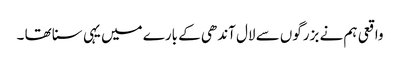
واقعی ہم نے بزرگوں سے لال آندھی کے بارے میں یہی سنا تھا ۔